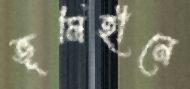
ভূমিহীনে